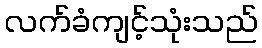
လက်ခံကျင့်သုံးသည်